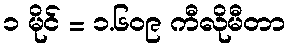
၁ မိုင် = ၁.၆၀၉ ကီလိုမီတာ